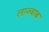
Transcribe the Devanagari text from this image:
लाज्वाब